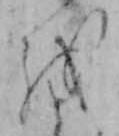
を